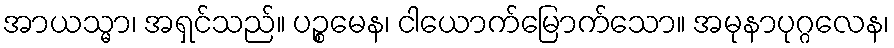
အာယသ္မာ၊ အရှင်သည်။ ပဉ္စမေန၊ ငါယောက်မြောက်သော။ အမုနာပုဂ္ဂလေန၊